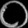
Digit: ၀